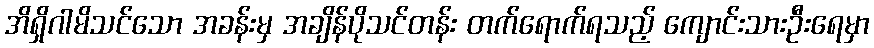
အိရှိဂါမိသင်သော အခန်းမှ အချိန်ပိုသင်တန်း တက်ရောက်ရသည့် ကျောင်းသားဦးရေမှာ